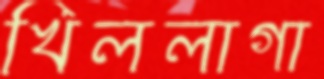
খিললাগা